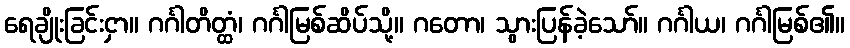
ရေချိုးခြင်းငှာ။ ဂင်္ဂါတိတ္ထံ၊ ဂင်္ဂါမြစ်ဆိပ်သို့။ ဂတော၊ သွားပြန်ခဲ့သော်။ ဂင်္ဂါယ၊ ဂင်္ဂါမြစ်၏။